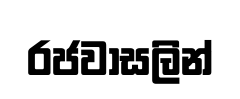
රජවාසලින්